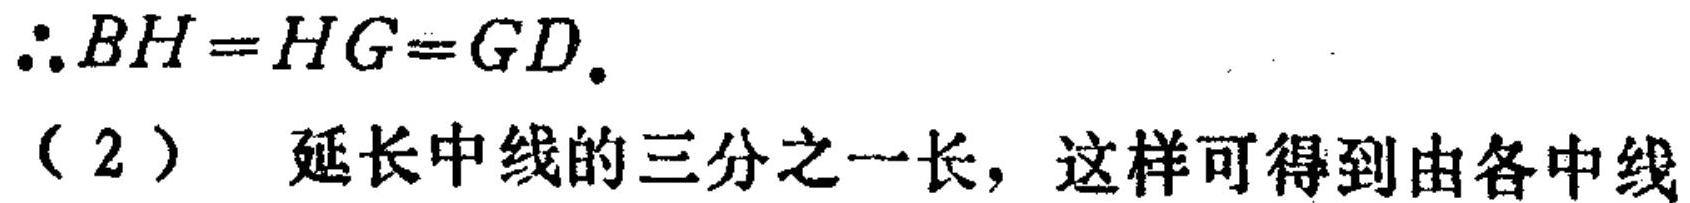
$\therefore BH = HG = GD.$
（2）延长中线的三分之一长，这样可得到由各中线